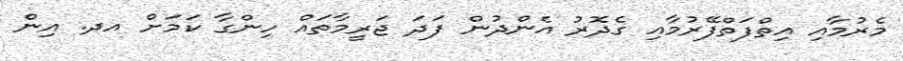
މެރުމާއި އިތްފަތްފޭރުމާއި ގެދޮރު އެންދުން ފަދަ ޖަރީމާތައް ހިންގާ ކަމަށް އދ. އިން